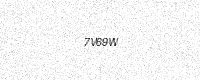
Text: 7V69W